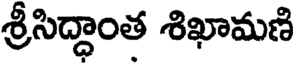
శ్రీసిద్ధాంత శిఖామణి